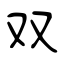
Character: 双